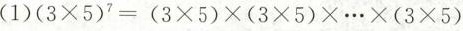
(1) $$（ 3 \times 5 ） ^{7} \times （3 \times 5 ） \times … \times （ 3 \times 5 ）$$